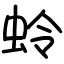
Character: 蛉